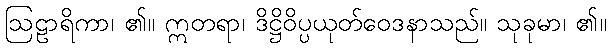
ဩဠာရိကာ၊ ၏။ ဣတရာ၊ ဒိဋ္ဌိဝိပ္ပယုတ်ဝေဒနာသည်။ သုခုမာ၊ ၏။